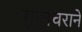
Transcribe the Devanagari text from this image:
गुप्तचराने